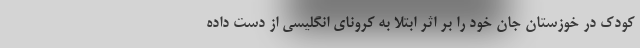
کودک در خوزستان جان خود را بر اثر ابتلا به کرونای انگلیسی از دست داده